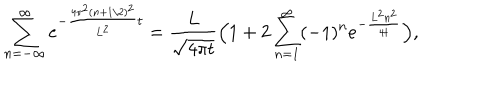
\sum _ { n = - \infty } ^ { \infty } e ^ { - { \frac { 4 \pi ^ { 2 } ( n + 1 / 2 ) ^ { 2 } } { L ^ { 2 } } } t } = { \frac { L } { \sqrt { 4 \pi t } } } \Bigl ( 1 + 2 \sum _ { n = 1 } ^ { \infty } ( - 1 ) ^ { n } e ^ { - { \frac { L ^ { 2 } n ^ { 2 } } { 4 t } } } \Bigr ) ,